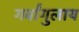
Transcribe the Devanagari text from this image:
गर्बांगुलाय